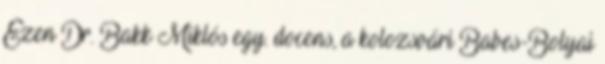
Ezen Dr. Bakk Miklós egy. docens, a kolozsvári Babes-Bolyai